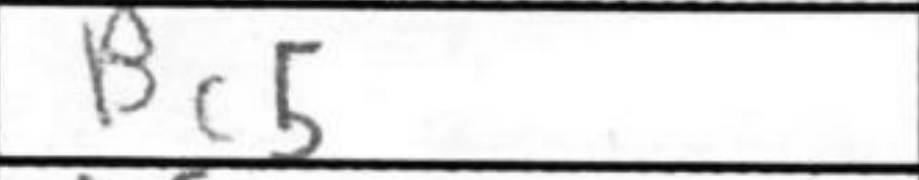
Transcription: Bc5